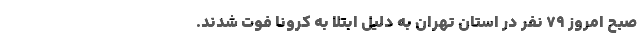
صبح امروز ٧٩ نفر در استان تهران به دلیل ابتلا به کرونا فوت شدند.